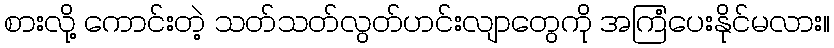
စားလို့ ကောင်းတဲ့ သတ်သတ်လွတ်ဟင်းလျာတွေကို အကြံပေးနိုင်မလား။